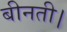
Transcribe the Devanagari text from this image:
बीनती।